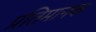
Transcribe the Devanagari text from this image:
प्रतिमानक